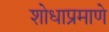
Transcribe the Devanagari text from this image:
शोधाप्रमाणे